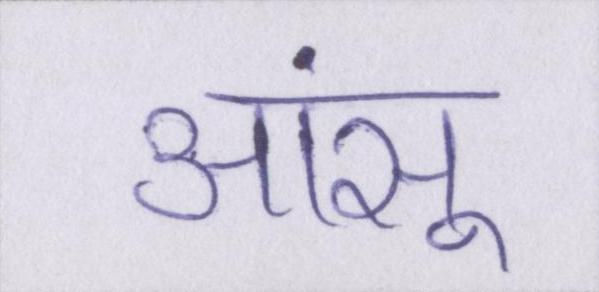
आंसू